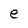
Character: e